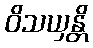
ဝိသယှန္တိ